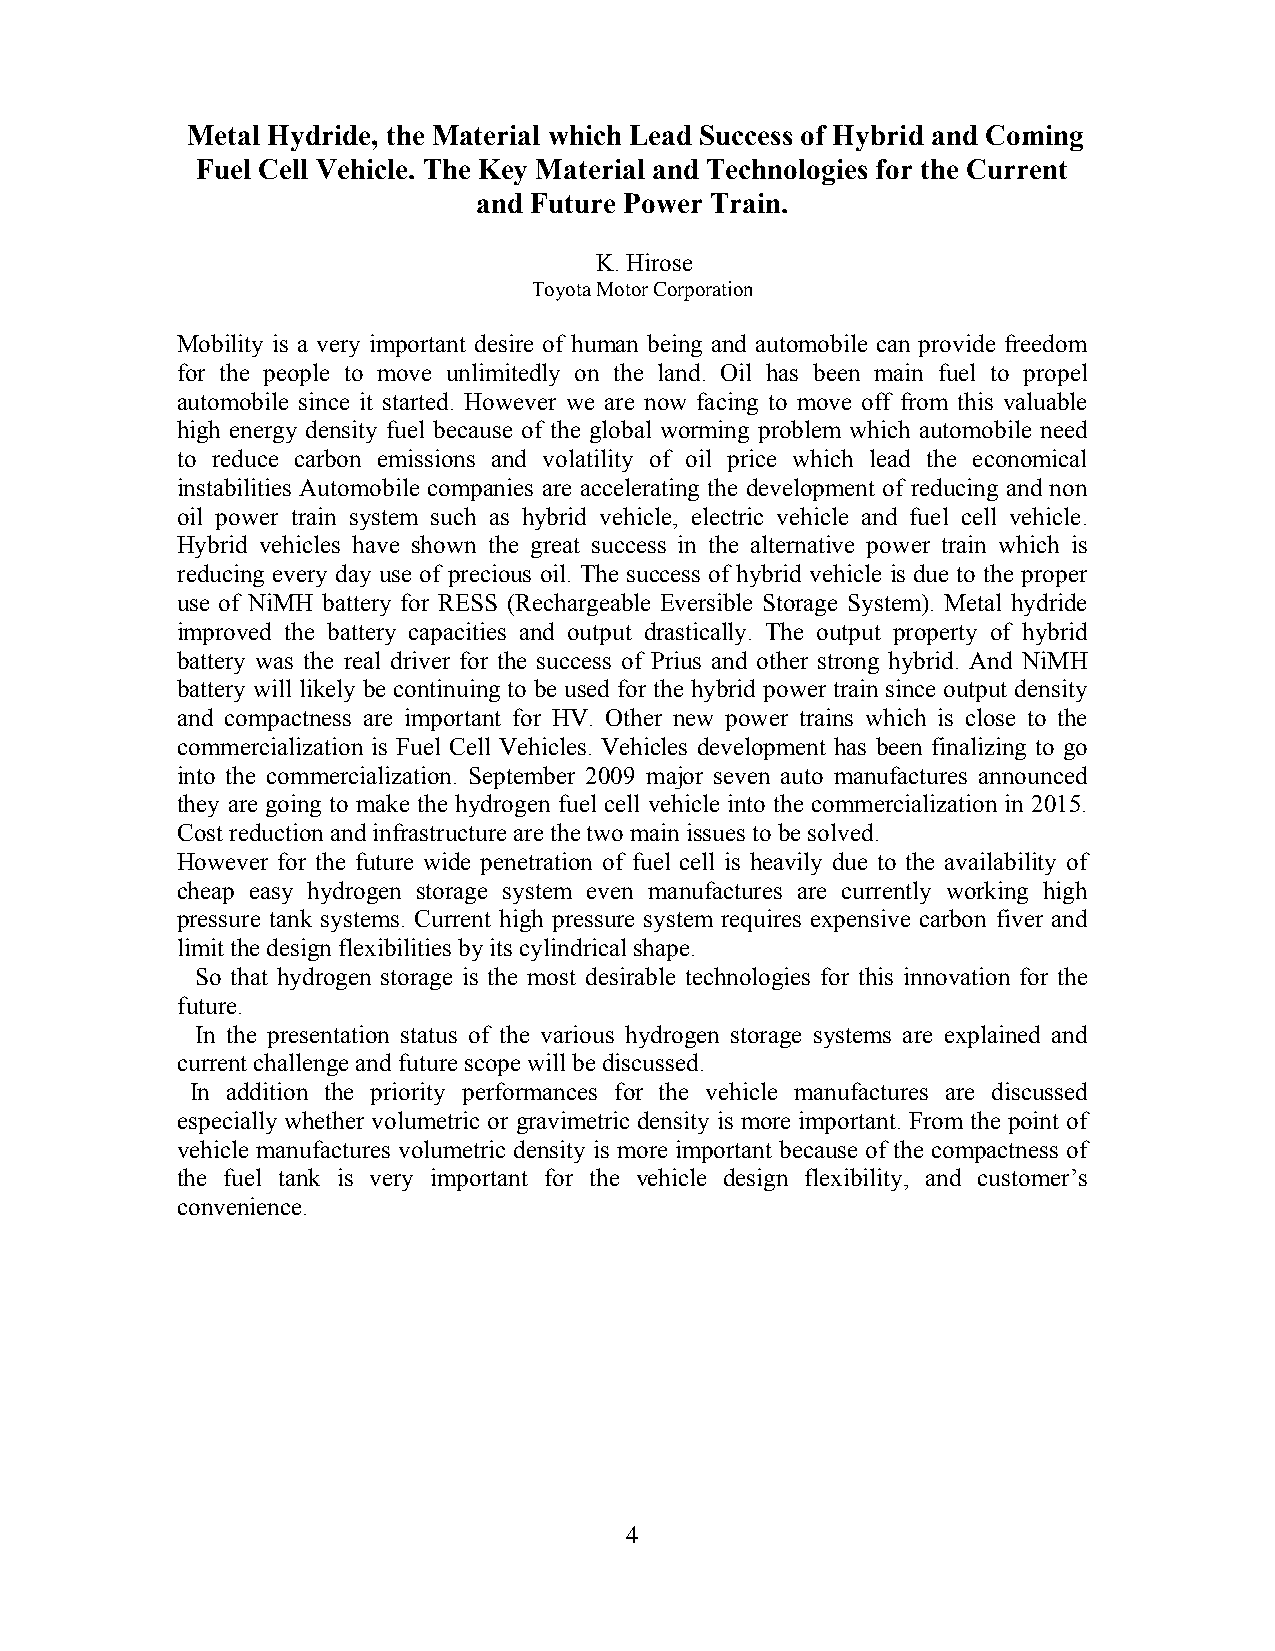
Metal Hydride, the Material which Lead Success of Hybrid and Coming
 Fuel Cell Vehicle. The Key Material and Technologies for the Current
 and Future Power Train.
 K. Hirose
 Toyota Motor Corporation
 Mobility is a very important desire of human being and automobile can provide freedom
 for the people to move unlimitedly on the land. Oil has been main fuel to propel
 automobile since it started. However we are now facing to move off from this valuable
 high energy density fuel because of the global worming problem which automobile need
 to reduce carbon emissions and volatility of oil price which lead the economical
 instabilities Automobile companies are accelerating the development of reducing and non
 oil power train system such as hybrid vehicle, electric vehicle and fuel cell vehicle.
 Hybrid vehicles have shown the great success in the alternative power train which is
 reducing every day use of precious oil. The success of hybrid vehicle is due to the proper
 use of NiMH battery for RESS (Rechargeable Eversible Storage System). Metal hydride
 improved the battery capacities and output drastically. The output property of hybrid
 battery was the real driver for the success of Prius and other strong hybrid. And NiMH
 battery will likely be continuing to be used for the hybrid power train since output density
 and compactness are important for HV. Other new power trains which is close to the
 commercialization is Fuel Cell Vehicles. Vehicles development has been finalizing to go
 into the commercialization. September 2009 major seven auto manufactures announced
 they are going to make the hydrogen fuel cell vehicle into the commercialization in 2015.
 Cost reduction and infrastructure are the two main issues to be solved.
 However for the future wide penetration of fuel cell is heavily due to the availability of
 cheap easy hydrogen storage system even manufactures are currently working high
 pressure tank systems. Current high pressure system requires expensive carbon fiver and
 limit the design flexibilities by its cylindrical shape.
 So that hydrogen storage is the most desirable technologies for this innovation for the
 future.
 In the presentation status of the various hydrogen storage systems are explained and
 current challenge and future scope will be discussed.
 In addition the priority performances for the vehicle manufactures are discussed
 especially whether volumetric or gravimetric density is more important. From the point of
 vehicle manufactures volumetric density is more important because of the compactness of
 the fuel tank is very important for the vehicle design flexibility, and customer’s
 convenience.
 4